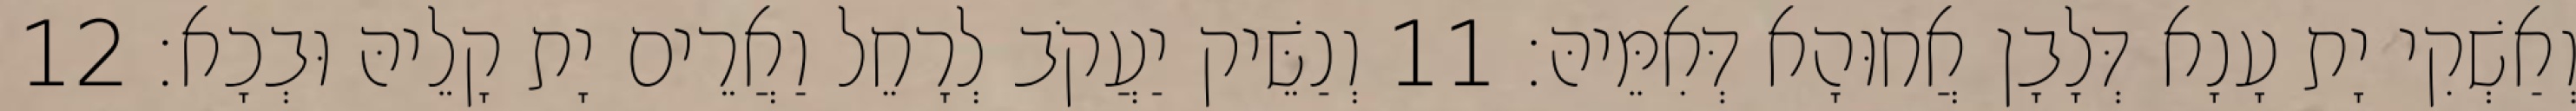
וְאַשְׁקִי יָת עָנָא דְּלָבָן אֲחוּהָא דְּאִמֵּיהּ׃ 11 וְנַשֵּׁיק יַעֲקֹב לְרָחֵל וַאֲרֵים יָת קָלֵיהּ וּבְכָא׃ 12